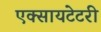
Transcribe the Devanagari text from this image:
एक्सायटेटरी